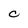
Character: C